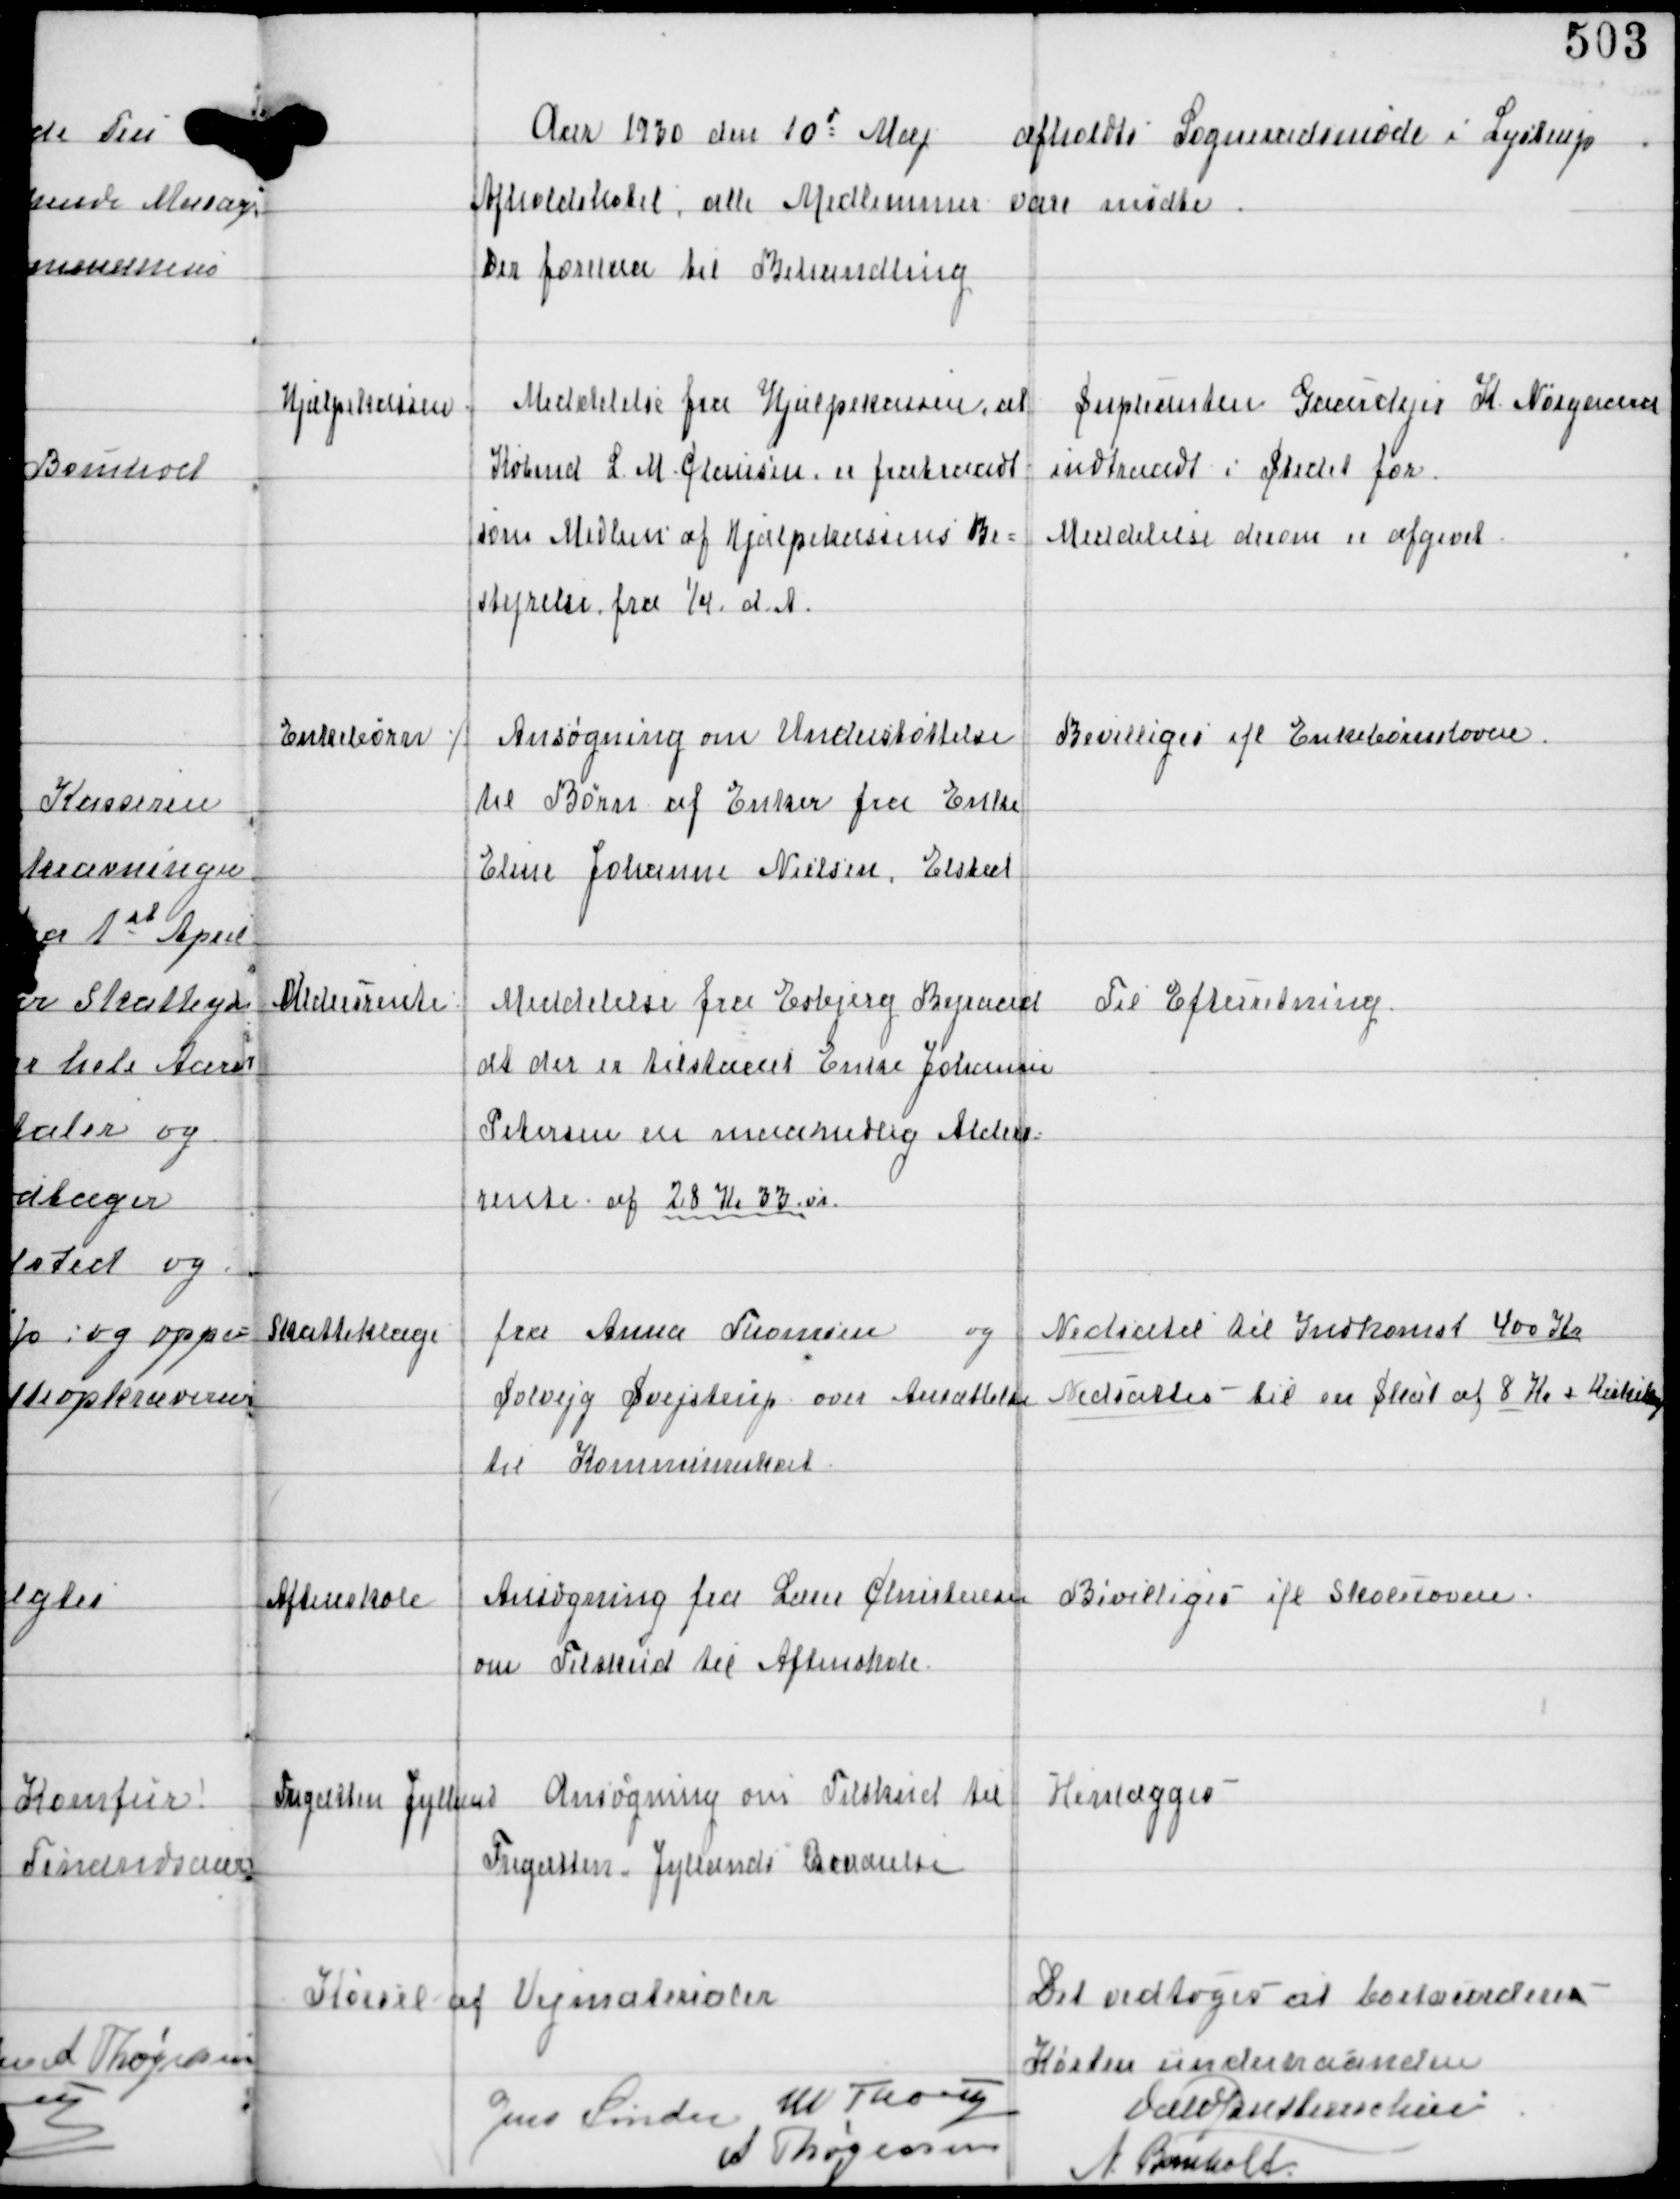
Transskription:
Aar 1930 den 10d Maj afholdtes Sogneraadsmøde i Lystrup
Afholdshotel, alle Medlemmer vare mødte
Der forelaa til Behandling

Hjælpekassen

Meddelse fra Hjælpekassen, at
Købmd L. M. Clausen er fratraadt
som Medlem af Hjælpekassens Be-
styrelse fra 1/4 d.A.

Supleanten Gaardejer K. Nørgaard
indtraadt i Stedet for.
Meddelelse derom er afgivet

Enkebørn ⁒

Ansøgning om Understøttelse
til Børn af Enker fra Enke
Eline Johanne Nielsen, Elsted

Bevilliges ifl. Enkebørneloven.

Aldersrente

Meddelse fra Esbjerg Byraad
at der er tilstaaet Enke Johanne
Petersen en maanedlig Alders-
rente af 28 Kr 33 øre

Til Efterretning

Skatteklage

fra Anna Thomsen og
Solvejg Svejstrup over Ansættelse
til Kommuneskat

Nedsatel til Indkomst 400 Kr
Nedsattes til en Skat af 8 Kr + Kirkeskat

Aftenskole

Ansøgning fra Lærer Christensen
om Tilskud til Aftenskole.

Bevilliges ifl. Skoleloven.

Fregatten Jyllands
Ansøgning om Tilskud til
Fregatten-Jyllands Bevarelse

Henlægges -

Kørsel af Vejmaterialer

Det vedtoges at bortlicitere
Kørslen underhaanden

Jens Sønder W Thorup
A Thøgersen

Vald Buttenschøn
A Bomholt